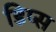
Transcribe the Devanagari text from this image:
डिप्स